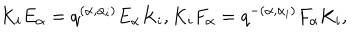
K _ { i } E _ { \alpha } = q ^ { ( \alpha , \alpha _ { i } ) } E _ { \alpha } K _ { i } , K _ { i } F _ { \alpha } = q ^ { - ( \alpha , \alpha _ { i } ) } F _ { \alpha } K _ { i } ,